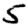
Digit: 5